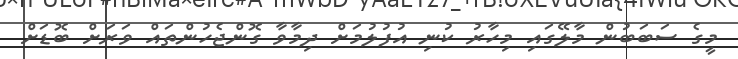
މީގެ ސަބަބުން މާލޭގައި މިހާރު ކުނި އުފުލުމަށް ދިމާވާ ގޮންޖެހުންތައް ވަރަށް ބޮޑަށް